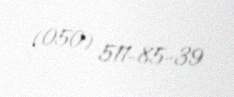
(050) 511-85-39